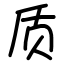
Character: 质